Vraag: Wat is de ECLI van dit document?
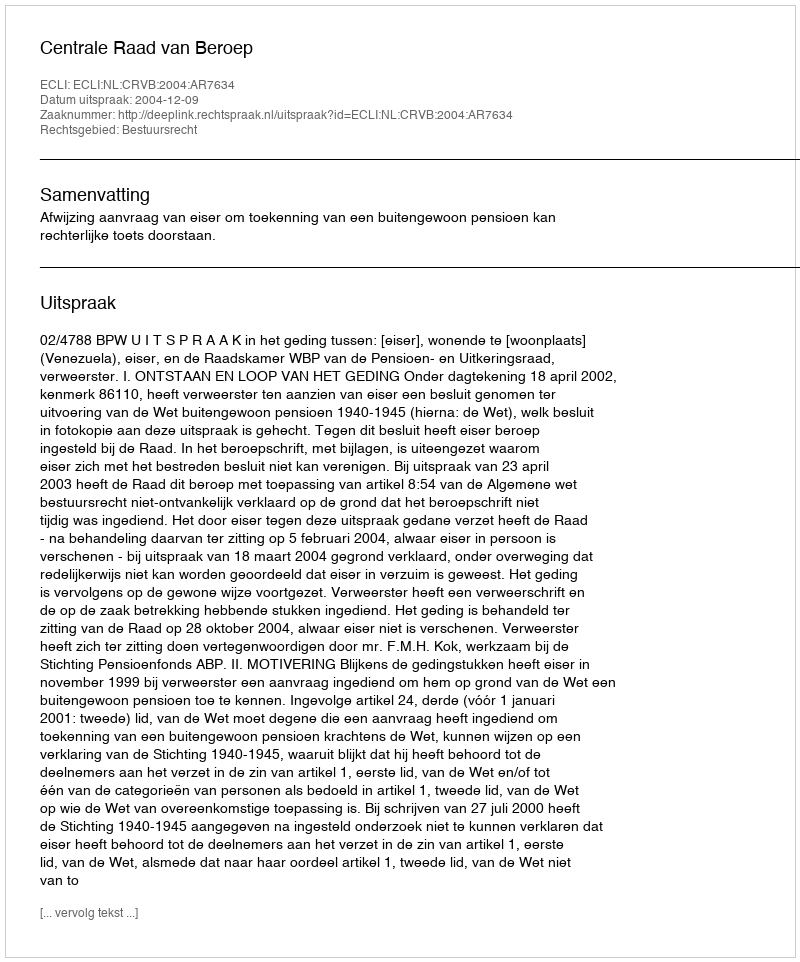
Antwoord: ECLI:NL:CRVB:2004:AR7634